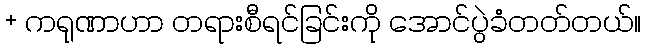
+ ကရုဏာဟာ တရားစီရင်ခြင်းကို အောင်ပွဲခံတတ်တယ်။